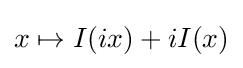
x\mapsto I(ix)+iI(x)